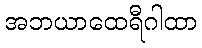
အဘယာထေရီဂါထာ